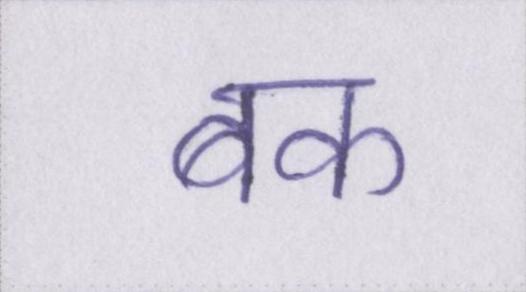
बक